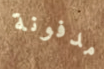
مدفونة